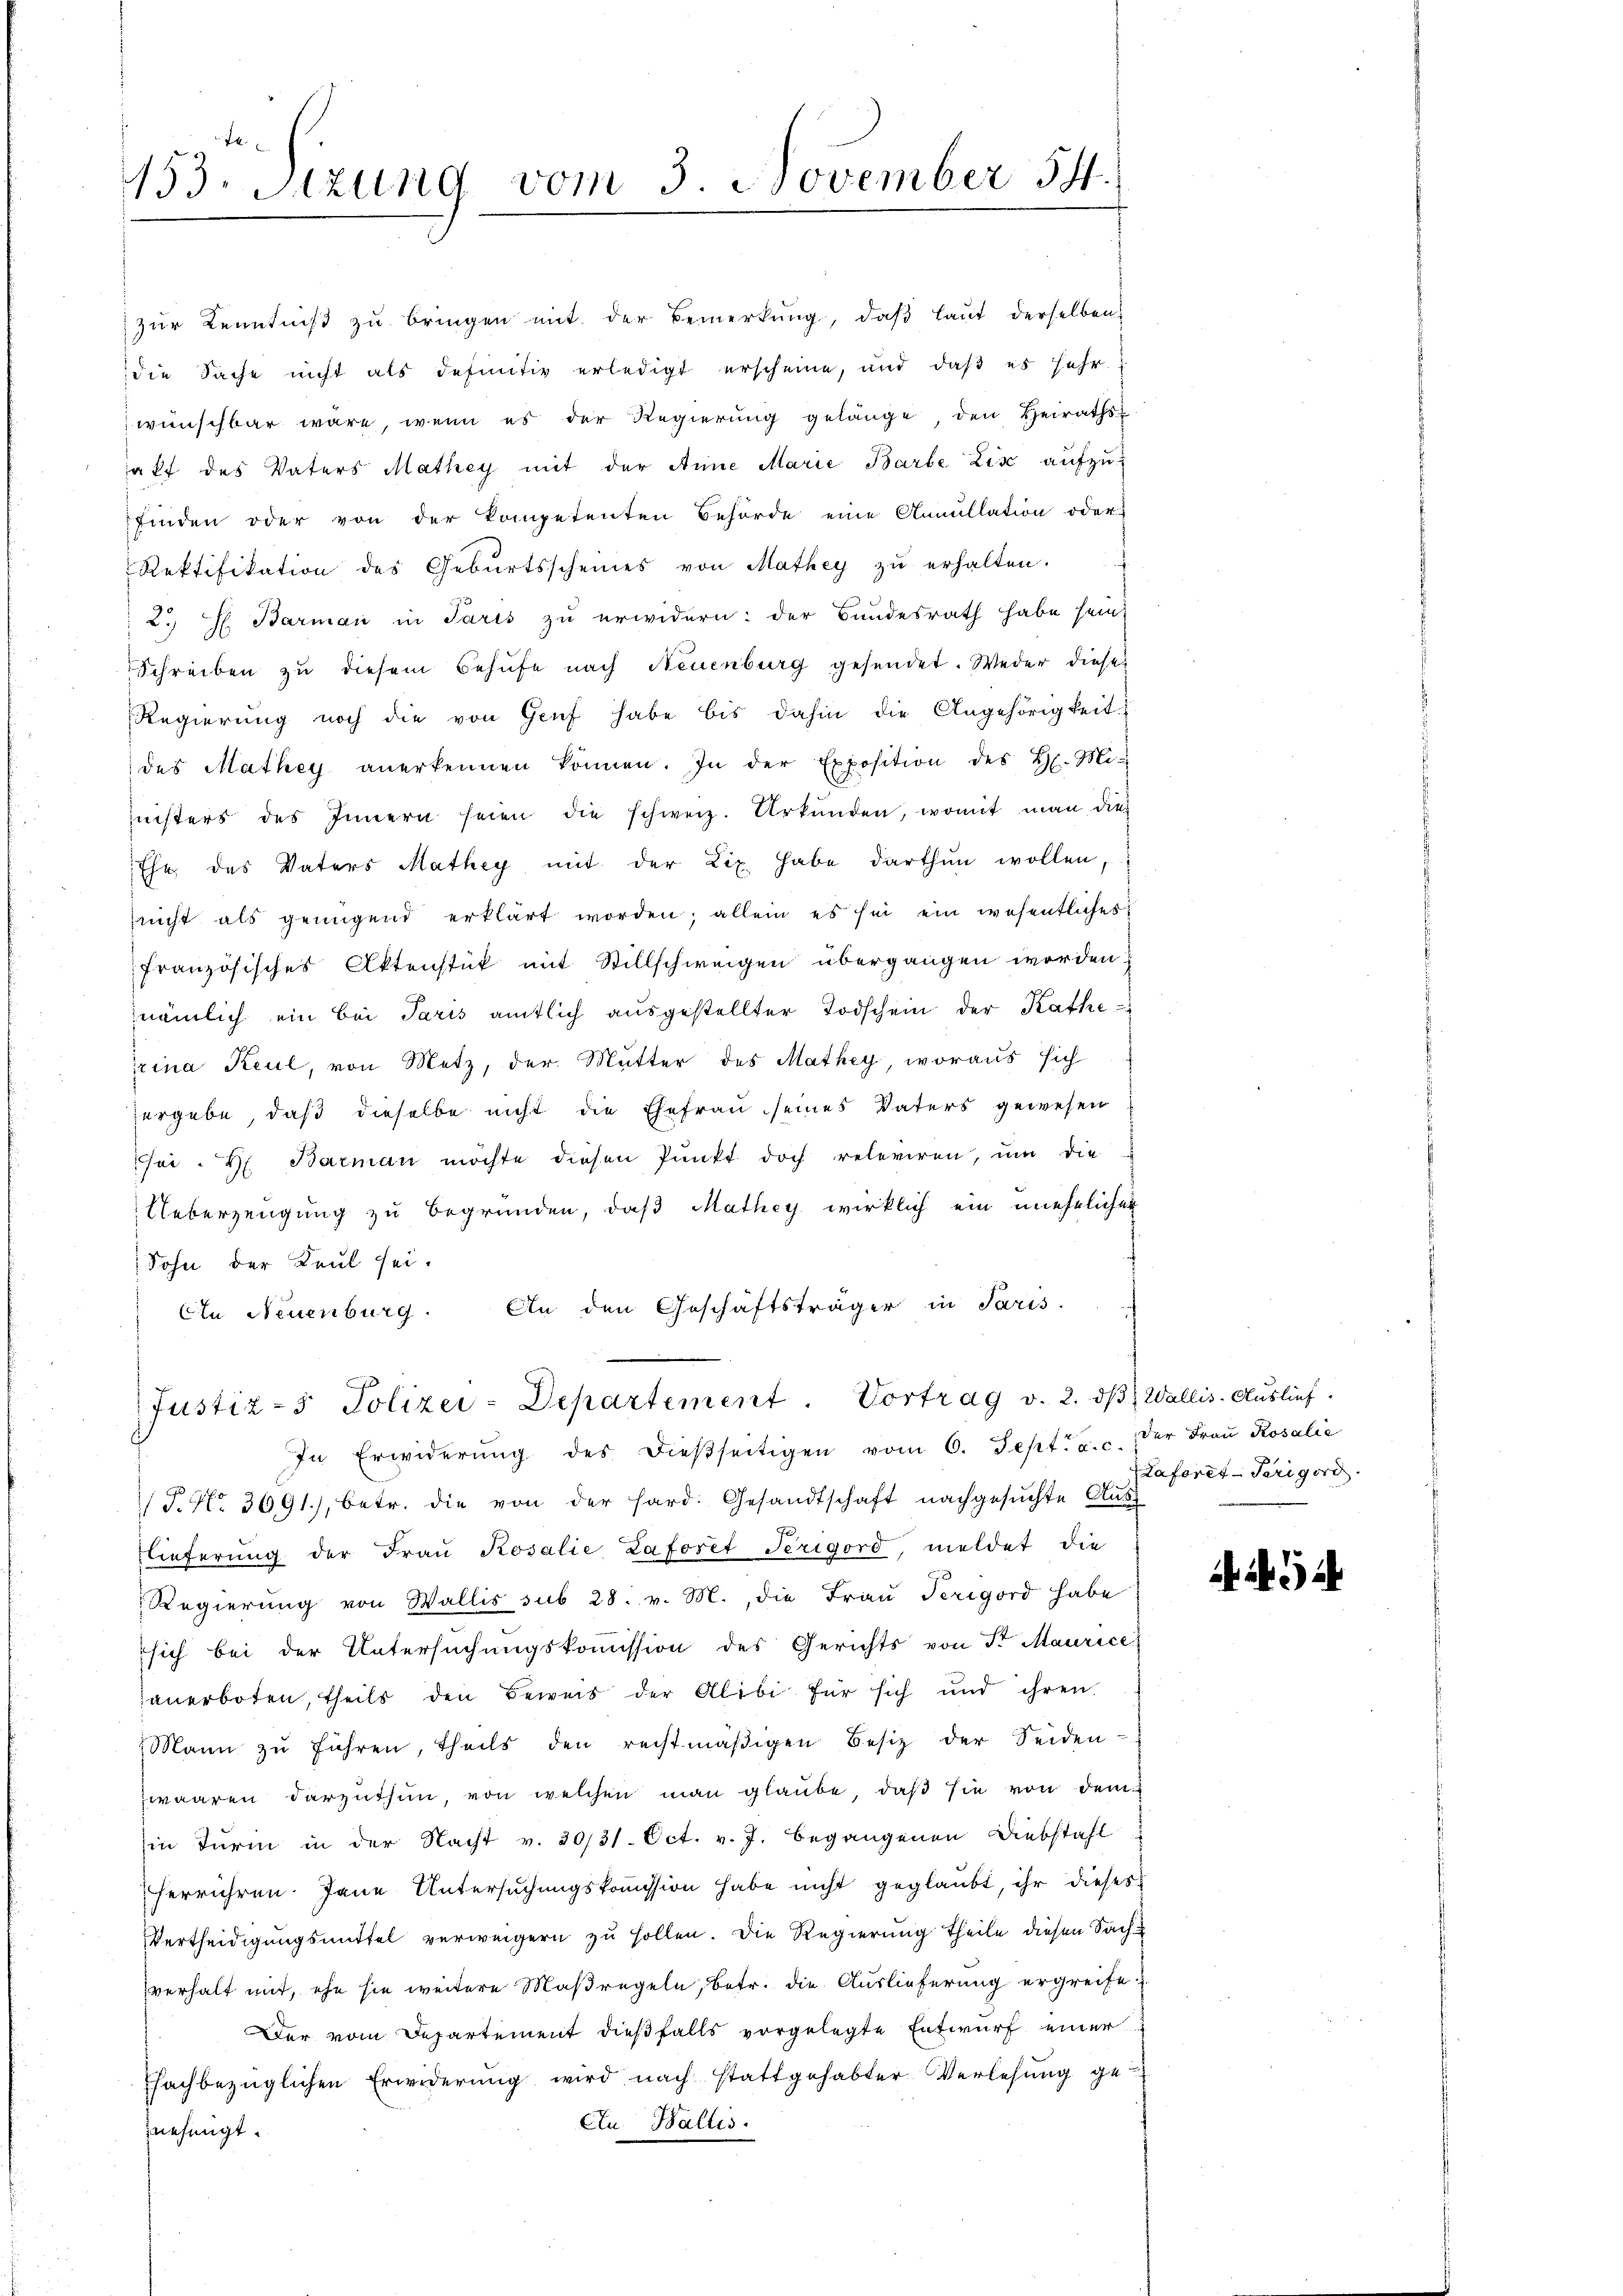
153. Sizung vom 3. November 54.

zur Kenntniß zu bringen mit der Bemerkung, daß laut derselben
die Sache nicht als definitiv erledigt erscheine, und daß es sehr
wünschbar wäre, wenn es der Regierung gelange den Heiraths-
aft des Vaters Mathey mit der Anne Marie Barbe Zis aufzufinden oder von der kompetenten Behörde eine Annullation oder
Rektifikation des Gebŭrtsscheines von Mathey zŭ erhalten.
2. H. Barman in Paris zu erwidern: der Bundesrath habe sein,
Schreiben zu diesem Behufe nach Neuenburg gesendet. Weder diese
Regierŭng noch die von Genf habe bis dahin die Angehörigkeit.
des Mathey anerkennen können. In der Exposition des H. Mi-
eisters des Innern seien die schweiz. Urkŭnden, womit man die
Ehe, das Vaters Mathey mit der Lix habe darthun wollen,
sricht als genügend erklärt worden; allein es sei ein wesentliches
französisches Aktenstück mit Stillschweigen übergangen worden
nämlich ein bei Paris amtlich ausgestellter Todschein der Kathe
rina Keul, von Metz, der Mutter des Mathey, woraus sich
ergebe, daß dieselbe nicht die Ehefrau seines Vaters gewesen
sei. H. Barman möchte diesen Punkt doch releviren, um die
Ueberzeugung zu begründen, daß Mathey wirklich ein unehelicher
Sohn der Keul sei.
In Neuenburg. An den Geschäftsträger in Paris
Justiz- & Polizei-Departement Vortrag v. 2. dβ, Wallis. Auslief.

In Erwiderŭng des dießseitigen vom 6. Sept. a. c. der Frau Rosalie
P. Nr. 3691), betr. die von der Hard. Gesandtschaft nachgesŭchte Auslieferung der Frau Rosalie Laforet Terigord, meldet die
Regierŭng von Wallis sub 28. v. M., die Frau Terigord habe
sich bei der Untersuchungskommission des Gerichts von Sr Maurice
anerboten, theils den Beweis der Alibi für sich und ihren
Mann zŭ führen, theils den rechtmäβigen Besitz der Seiden
zwaaren darzuthun, von welchen man glaube, daß sie von dem
Ein Turin in der Nacht v. 20/31. Oct. v. J. begangenen Diebstahl
herrühren. Jene Untersuchungskommission habe nicht geglaubt, ihr dieses
Vertheidigungsmittel verweigern zu sollen. Die Regierung theile diesen Sachverhalt mit, ehe sie weitere Maßregeln, betr. die Auslieferung ergreife
Der vom Departement dießfalls vorgelegte Entwurf einer
Ehachbezüglichen Erwiderung wird nach stattgehabter Verlesung ge-
En Wallis.
nehmigt.

Haforet-Trigord

9